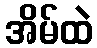
အိမ်ထဲ